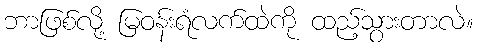
ဘာဖြစ်လို့ မြဝန်းရံလက်ထဲကို ထည့်သွားတာလဲ။